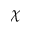
\chi